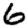
Digit: 6